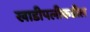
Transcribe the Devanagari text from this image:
खाडीपलीकडील